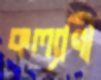
কল্যাণী